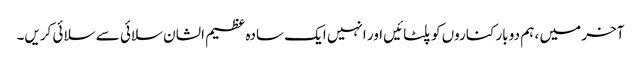
آخر میں ، ہم دو بار کناروں کو پلٹائیں اور انہیں ایک سادہ عظیم الشان سلائی سے سلائی کریں۔